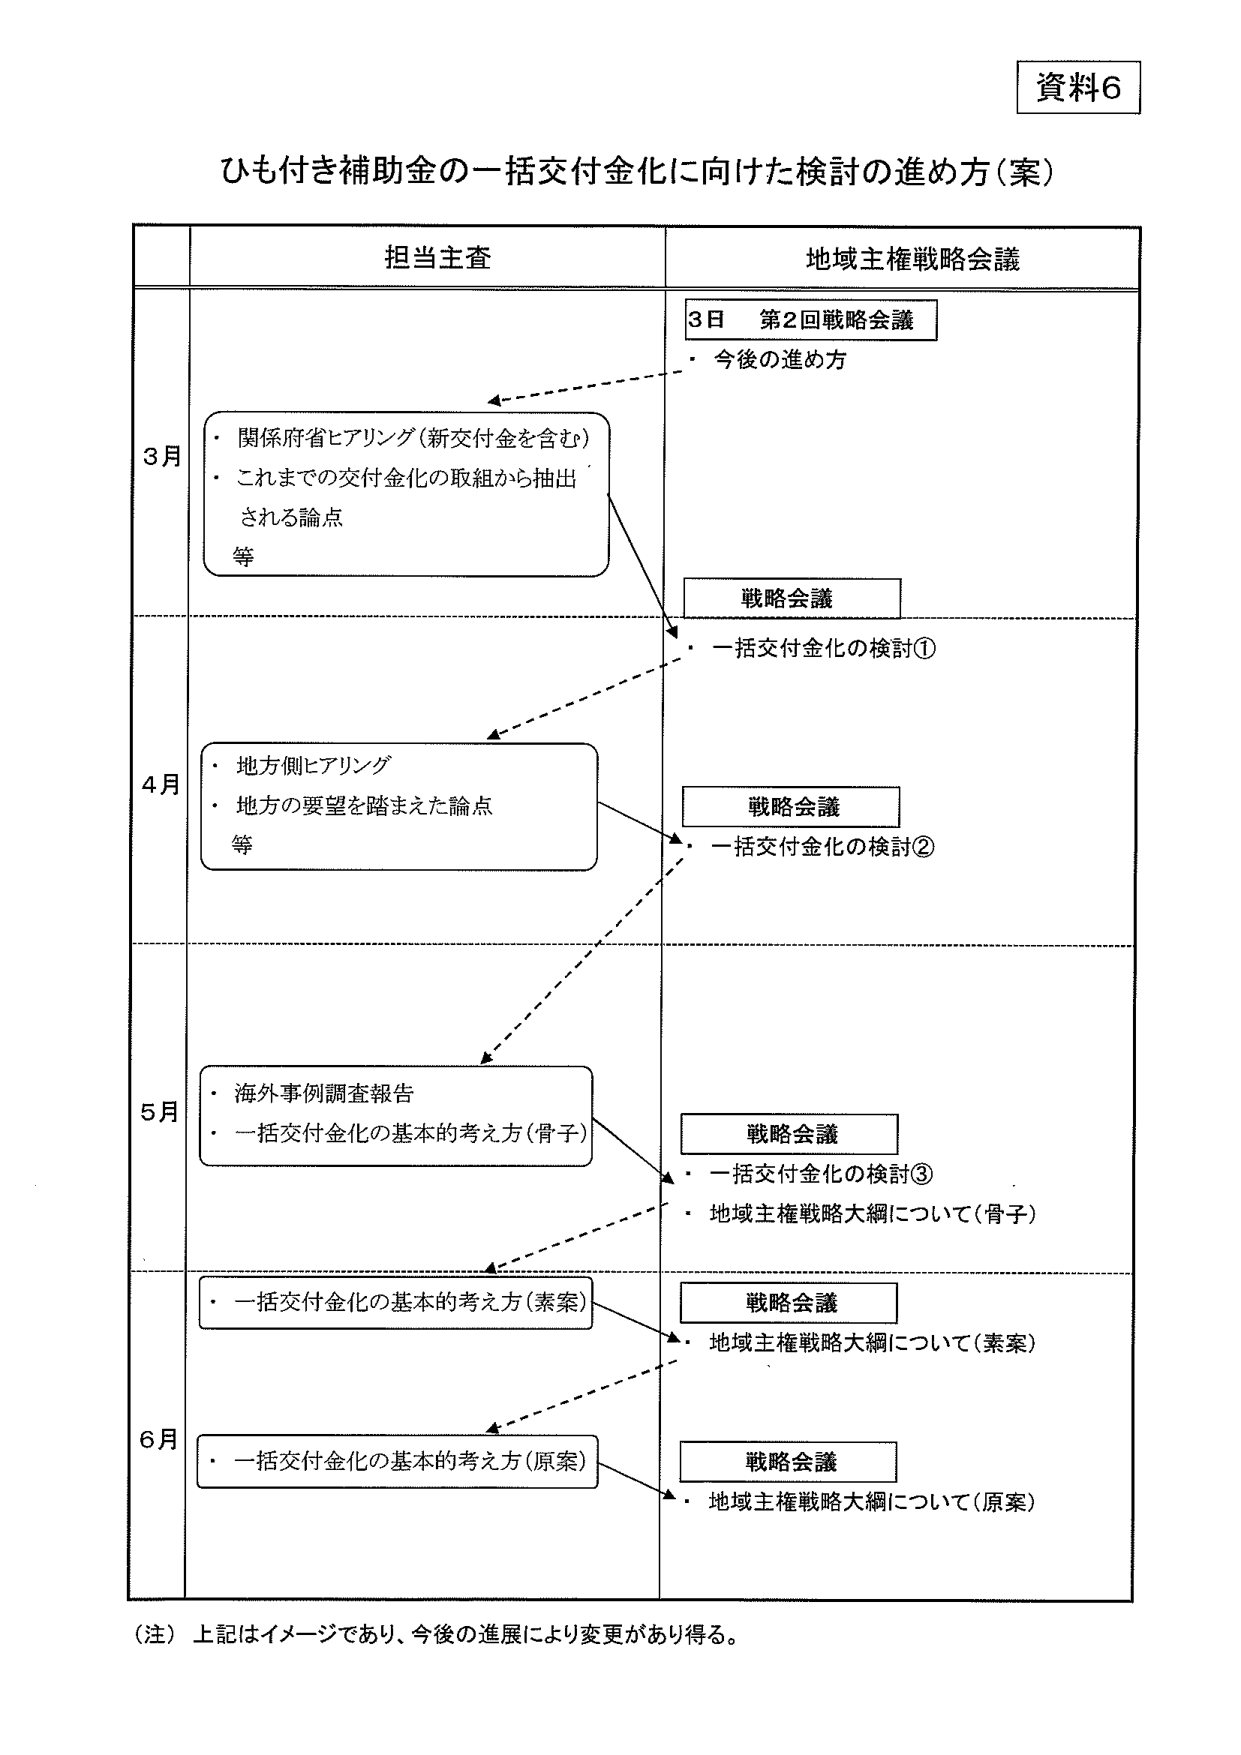
資料6

ひも付き補助金の一括交付金化に向けた検討の進め方（案）

担当主査